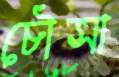
চৌসা